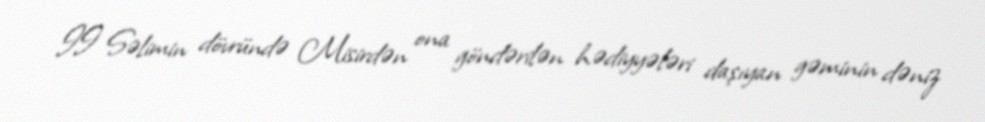
II Səlimin dövründə Misirdən ona göndərilən hədiyyələri daşıyan gəminin dəniz